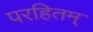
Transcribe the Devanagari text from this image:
परहितम्